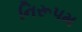
નિરૂપમ